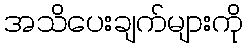
အသိပေးချက်များကို